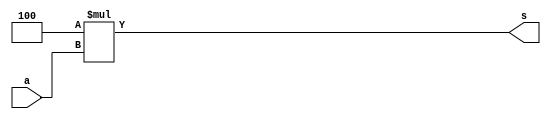
module mul (input [31:0] a,
		output [31:0] s) ;

assign s = 4 * a;

endmodule